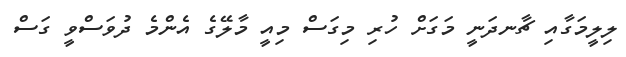
ލިލީމަގާއި ޗާނދަނީ މަގަށް ހުރި މިގަސް މިއީ މާލޭގެ އެންމެ ދުވަސްވީ ގަސް